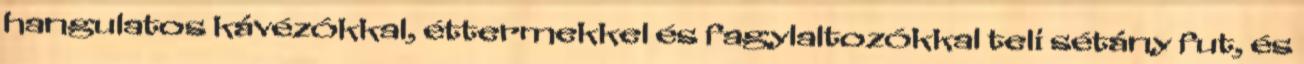
hangulatos kávézókkal, éttermekkel és fagylaltozókkal teli sétány fut, és